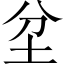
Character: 坌